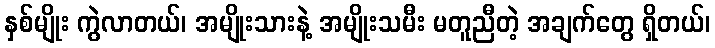
နှစ်မျိုး ကွဲလာတယ်၊ အမျိုးသားနဲ့ အမျိုးသမီး မတူညီတဲ့ အချက်တွေ ရှိတယ်၊